Civil Veterinary Department Bengal reports 1933-51 - 1933-1951
Year: 1933
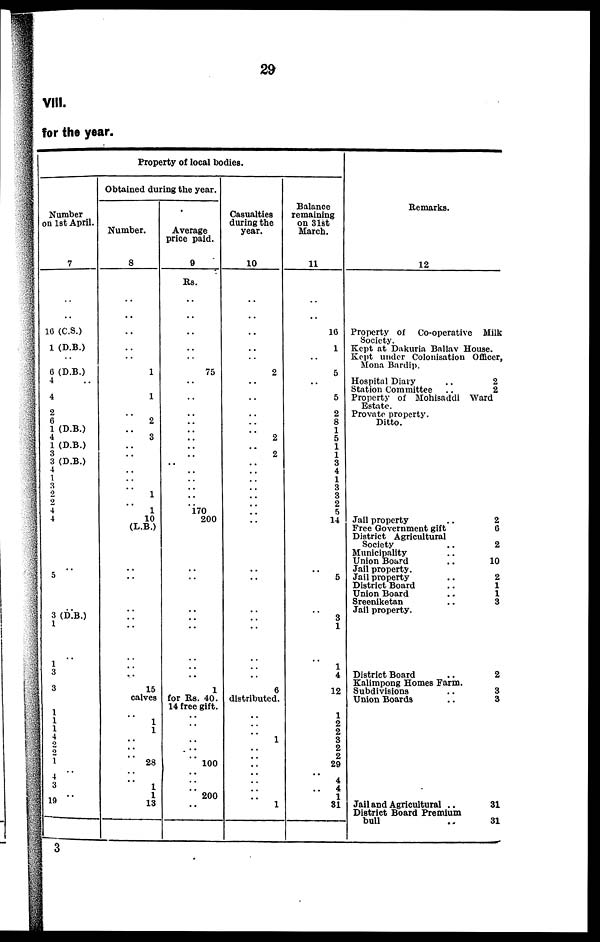
29
VIII.
for the year.
Property of local bodies.
Number
on 1st April.
7
..
..
10 (C.S.)
1 (D.B.)
..
6 (D.B.)
4 ..
4
2
6
1 (D.B.)
4
1 (D.B.)
3
3 (D.B.)
4
1
3
2
2
4
4
.. 5
.. 3 (D.B.)
1
..
1
3 3
1
1 1
4
2
2
1
..
4
3
.. 19
Obtained during the year.
Number.
8
..
..
..
..
..
1
1
..
2
..
3
..
..
..
..
..
1
..
1
10
(L.B.)
..
..
..
..
..
..
..
..
15
calves
..
1 1
..
..
..
28
..
..
1
1
13
Average
price paid.
9
Rs.
..
..
..
..
..
75
..
..
..
..
..
..
..
..
..
..
..
..
..
..
170
200
..
..
..
..
..
..
..
.. 1
for Rs. 40.
14 free gift.
..
..
..
..
..
100
..
..
..
200
..
Casualties
during the
year.
10
..
..
..
..
..
2
..
..
..
..
..
2
..
2
..
..
..
..
..
..
..
..
..
..
..
..
..
..
..
..
6
distributed.
..
..
..
1
..
..
..
..
..
..
..
1
Balance
remaining
on 31st
March.
11
..
..
16
1
..
5
..
5
2
8
1
5
1
1
3
4
1
3
3
2
5
14
..
5
..
3
1
..
1
4
12
1
2
2
3
2
2
29
..
4
4
1
31
Remarks.
12
Property of Co-operative Milk
Society.
Kept at Dakuria Ballav House.
Kept under Colonisation Officer,
Mona Bardip.
Hospital Diary
..
2
Station Committee
..
2
Property of Mohisaddi Ward
Estate.
Provate property.
Ditto.
Jail property
..
2
Free Government gift
6
District Agricultural
Society
..
2
Municipality ..
Union Board
..
10
Jail property.
Jail property
..
2
District Board
..
1
Union Board
..
1
Sreeniketan
..
3
Jail property.
District Board
..
2
Kalimpong Homes Farm.
Subdivisions
..
3
Union Boards
..
3
Jail and Agricultural ..
31
District Board Premium
bull
..
31
3